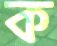
ক